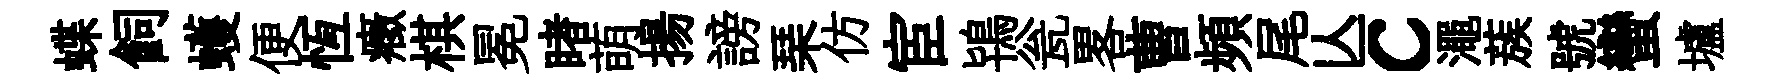
蝶飼蠖便恆癥棋冕睹萌揚謗琹仿宦鴇瓮畧曹頻尾亾c澠蔟號蠻壚